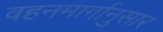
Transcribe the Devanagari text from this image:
वहनमार्गानुसार